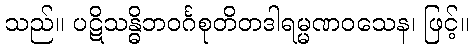
သည်။ ပဋိသန္ဓိဘဝင်္ဂစုတိတဒါရမ္မဏဝသေန၊ ဖြင့်။